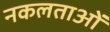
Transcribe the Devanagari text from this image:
नकलताओं